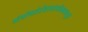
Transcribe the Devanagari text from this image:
श्रीश्रीपतेर्दशरथार्भकभावपूर्तेः